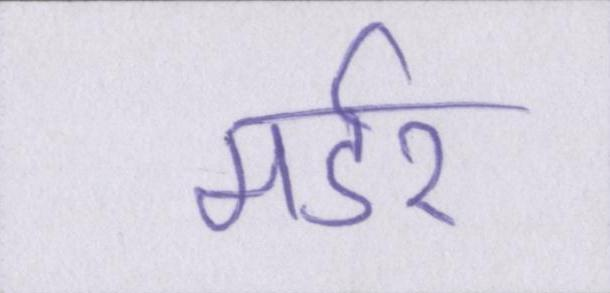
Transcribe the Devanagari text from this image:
मर्डर